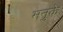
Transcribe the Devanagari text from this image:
मनुके